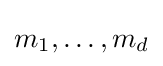
m_{1},\dots ,m_{d}